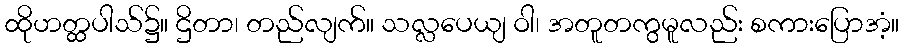
ထိုဟတ္ထပါသ်၌။ ဌိတာ၊ တည်လျက်။ သလ္လပေယျ ဝါ၊ အတူတကွမူလည်း စကားပြောအံ့။